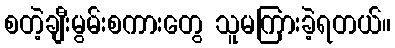
စတဲ့ချီးမွမ်းစကားတွေ သူမကြားခဲ့ရတယ်။